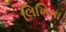
લિખિતા